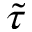
\tilde { \tau }